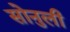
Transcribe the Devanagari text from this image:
सोनुली